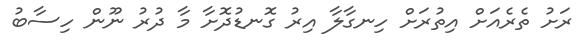
ރަށު ތެރެއަށް އިތުރަށް ހިނގާލާ އިރު ގޮނޑުދޮށާ މާ ދުރު ނޫން ހިސާބު